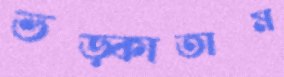
ভড়্‌কাতাম